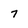
Character: 7